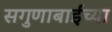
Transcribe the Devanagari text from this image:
सगुणाबाईंच्या